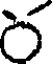
ర